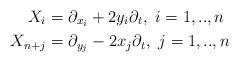
LaTeX: \begin{align*} X_i&=\partial_{x_i} +2y_i \partial_t,\ i=1, .., n\\X_{n+j}&= \partial_{y_j} - 2x_j \partial_t,\ j=1, .., n\end{align*}